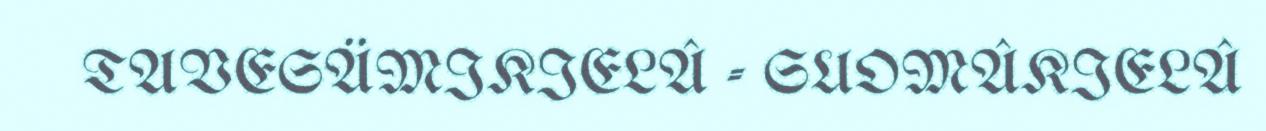
TAVESÄMIKIELÂ - SUOMÂKIELÂ